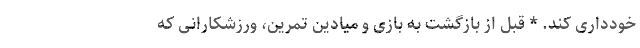
خودداری کند. * قبل از بازگشت به بازی و میادین تمرین، ورزشکارانی که